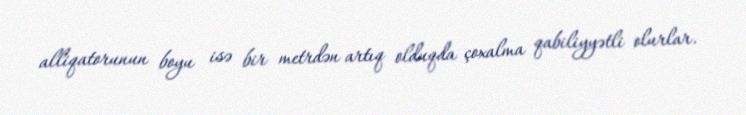
alliqatorunun boyu isə bir metrdən artıq olduqda çoxalma qabiliyyətli olurlar.